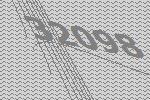
32098